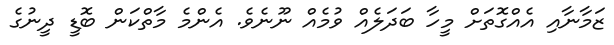
ޒަމާނާއި އެއްގޮތަށް މީހާ ބަދަލެއް ވުމެއް ނޫނެވެ. އެންމެ މާތްކަން ބޮޑީ ދީނުގެ